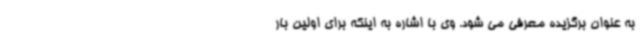
به عنوان برگزیده معرفی می شود. وی با اشاره به اینکه برای اولین بار